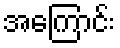
အကြောင်း